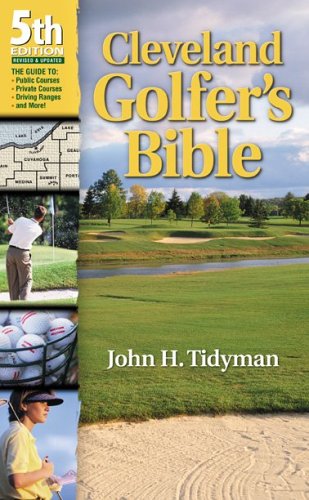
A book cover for Cleveland Golfer's Bible; John H. Tidyman; Travel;